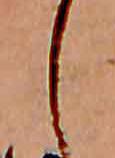
し